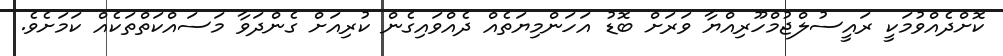
ކޮށްދެއްވުމަކީ ރައީސުލްޖުމްހޫރިއްޔާ ވަރަށް ބޮޑު އަހަންމިޔަތެއް ދެއްވައިގެން ކުރިއަށް ގެންދަވާ މަސައްކަތްތަކެއް ކަމަށެވެ.